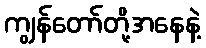
ကျွန်တော်တို့အနေနဲ့